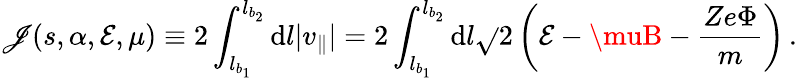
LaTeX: \mathscr{J}(s,\alpha,\mathcal{{E}},\mu)\equiv2\int_{l_{b_{1}}}^{l_{b_{2}}}\mathrm{{d}}l|v_{\parallel}|=2\int_{l_{b_{1}}}^{l_{b_{2}}}\mathrm{{d}}l\sqrt{}{{2\left(\mathcal{{E}}-\muB-\frac{{Ze\Phi}}{{m}}\right)}}\, .